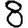
Digit: 8